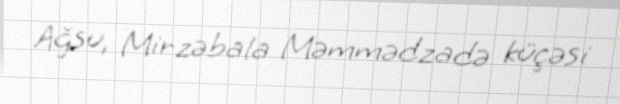
Ağsu, Mirzəbala Məmmədzadə küçəsi